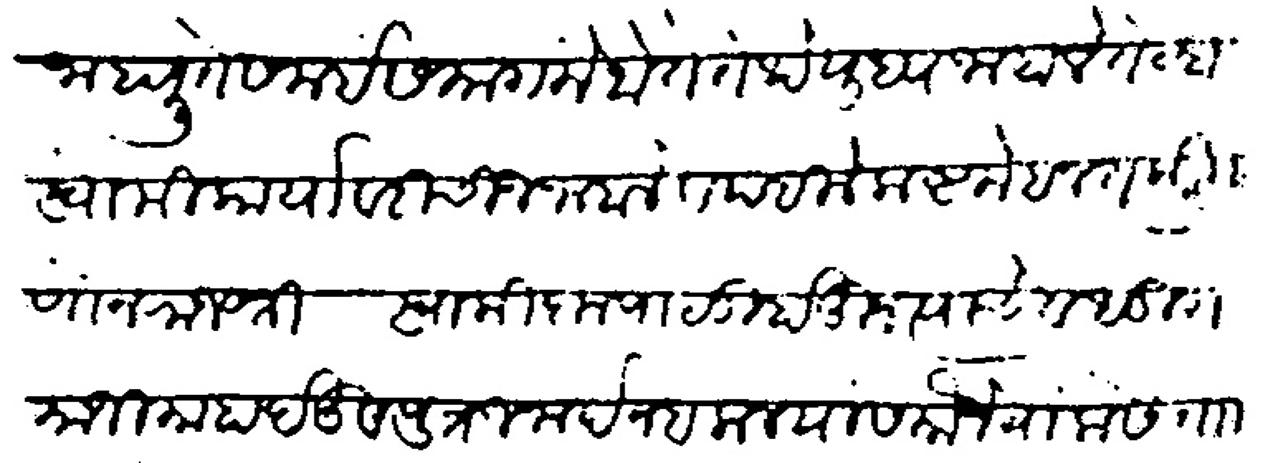
Transliteration (Devanagari): जाहली ते समई समागमे होते तेथे युध्द जाहाले तेव्हा स्वामी कार्यावारी चीज जाहाले व पहीले कष्ट मेहनत केली म्हणोन राजश्री स्वामी कृपाळी होऊन त्यांचे बंधू रामाजी माहादेऊ व पुत्र जनार्दन बलाल यास मौजे वालोसे ताा